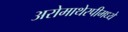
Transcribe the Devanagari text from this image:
अरोमाथेरपीमध्ये